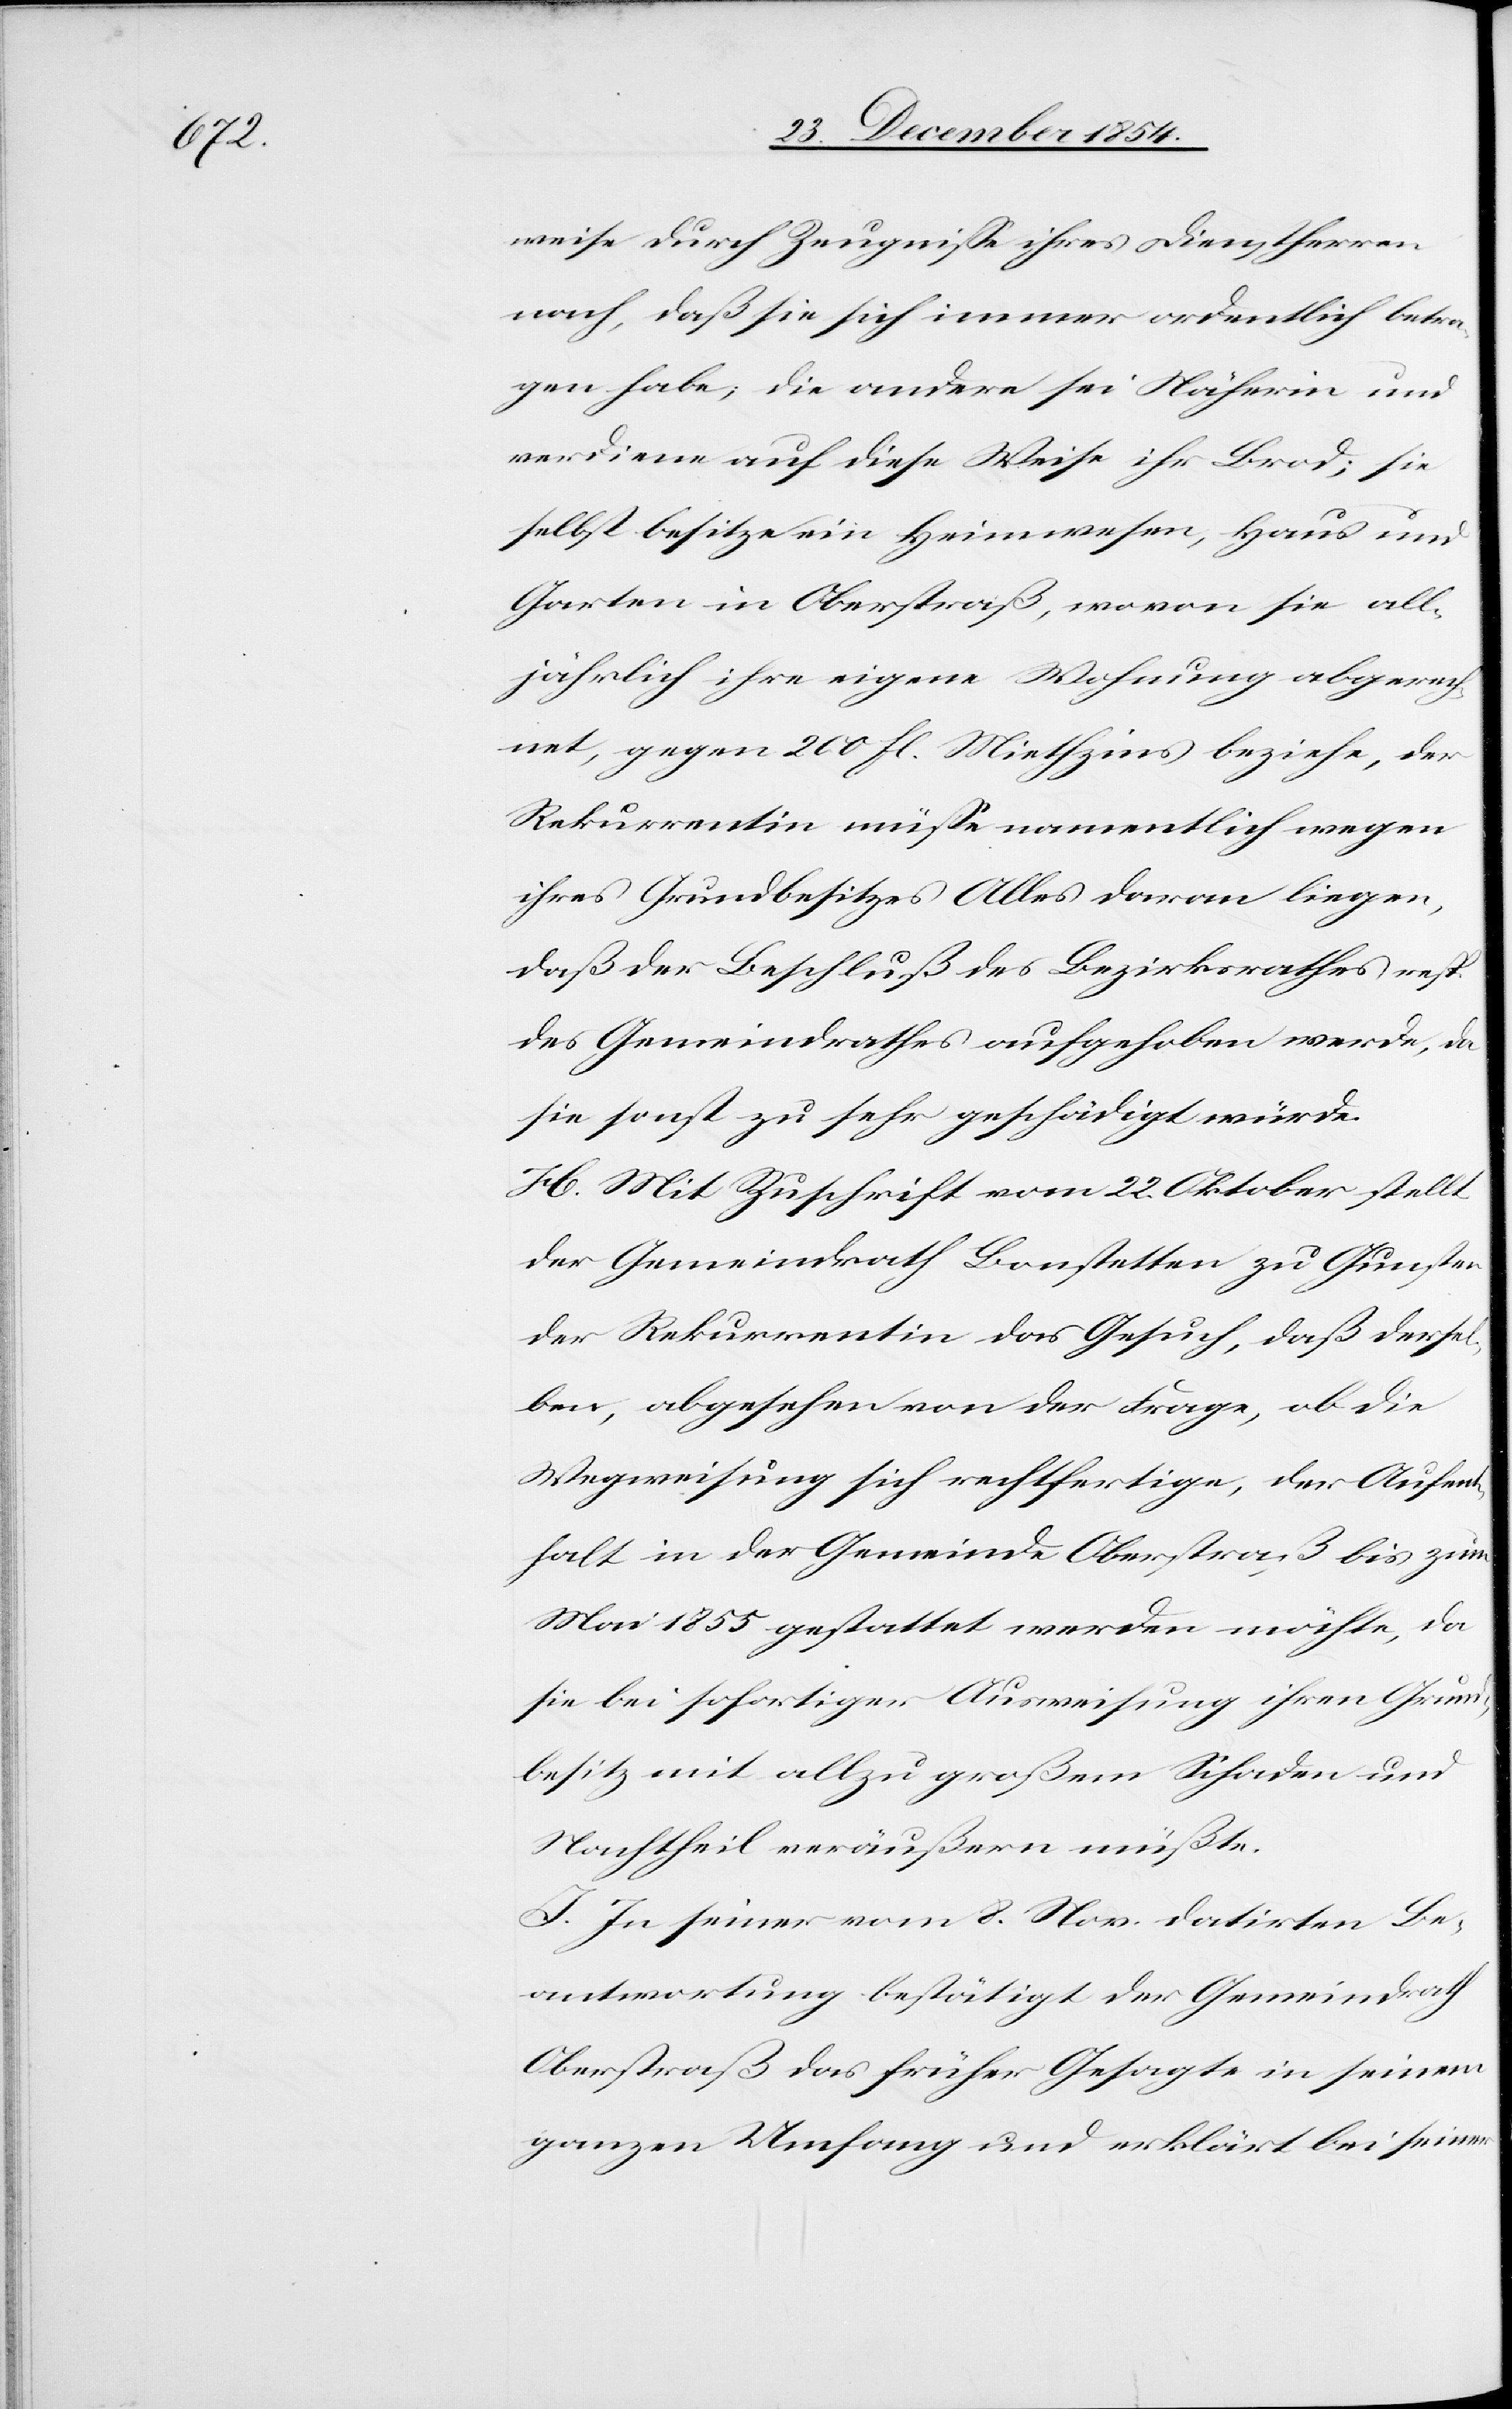
thalt

weise durch Zeugniße ihres Dienstherren
nach, daß sie sich immer ordentlich betra¬
gen habe; die andere sei Näherin und
verdiene auf diese Weise ihr Brod; sie
selbst besitze ein Heimwesen, Haus und
Garten in Oberstraß, wovon sie all¬
jährlich ihre eigene Wohnung abgerech¬
net, gegen 200 fl. Miethzins beziehe, der
Rekurrentin müße namentlich wegen
ihres Grundbesitzes Alles dran liegen,
daß der Beschluß des Bezirksrathes resp.
des Gemeindrathes aufgehoben werde, da
sie sonst zu sehr geschädigt würde.
H. Mit Zuschrift vom 22. Oktober stellt
der Gemeindrath Bonstetten zu Gunsten
der Rekurrentin das Gesuch, daß dersel¬
ben, abgesehen von der Frage, ob die
Wegweisung sich rechtfertige, der Aufen¬
Mai 1855 gestattet werden möchte, da
sie bei sofortiger Ausweisung ihren Grund¬
besitz mit allzu großem Schaden und
Nachtheil veräußern müßte.
I. In seiner vom 8. Nov. datirten Be¬
antwortung bestätigt der Gemeindrath
Oberstraß das früher Gesagte in seinem
ganzen Umfang und erklärt bei seiner